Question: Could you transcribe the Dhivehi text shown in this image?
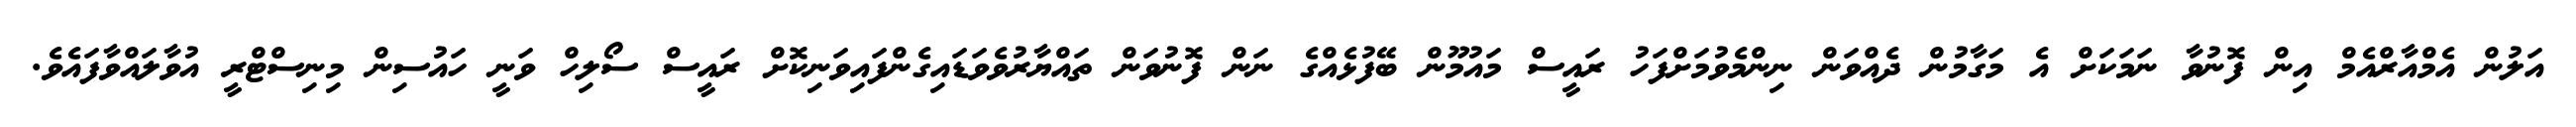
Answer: އަލުން އެމްއާރްއެމް އިން ފޮނުވާ ނަމަކަށް އެ މަގާމުން ދެއްވަން ނިންމެވުމަށްފަހު ރައީސް މައުމޫން ބޭފުޅެއްގެ ނަން ފޮނުވަން ތައްޔާރުވެވަޑައިގެންފައިވަނިކޮށް ރައީސް ސޯލިހް ވަނީ ހައުސިން މިނިސްޓްރީ އުވާލައްވާފައެވެ.